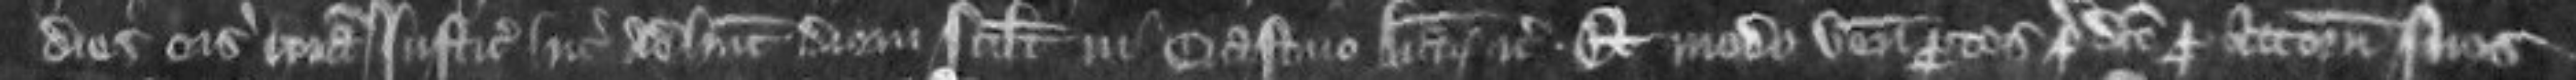
dies eis coram justiciariis hic ad hunc diem scilicet in crastino Animarum etc Et modo veniunt partes predicte per attornatos suos